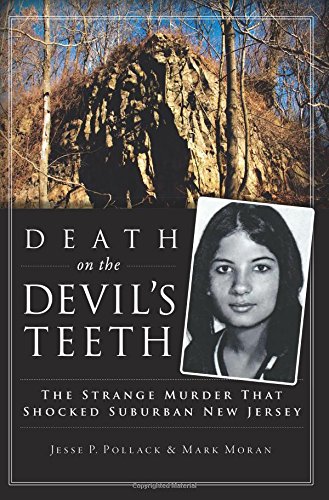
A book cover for Death on the Devil's Teeth (True Crime); Jesse Pollack; Biographies & Memoirs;